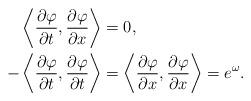
LaTeX: \begin{align*}\begin{aligned}\left\langle\frac{\partial\varphi}{\partial t},\frac{\partial\varphi}{\partial x}\right\rangle&=0,\\-\left\langle\frac{\partial\varphi}{\partial t},\frac{\partial\varphi}{\partial t}\right\rangle&=\left\langle\frac{\partial\varphi}{\partial x},\frac{\partial\varphi}{\partial x}\right\rangle=e^\omega.\end{aligned}\end{align*}